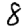
Digit: 8